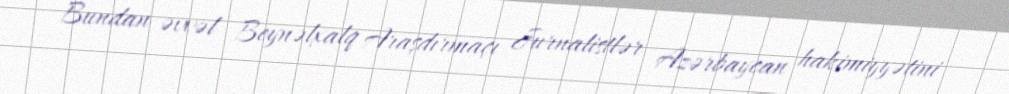
Bundan əvvəl Beynəlxalq Araşdırmaçı Jurnalistlər Azərbaycan hakimiyyətini